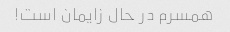
همسرم در حال زایمان است!